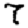
Digit: 7